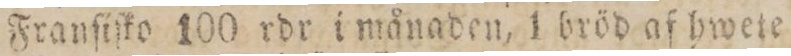
Franſiſko 100 rdr i månaden, 1 bröd af hwete